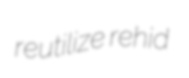
reutilize rehid